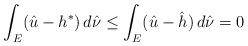
\begin{align*}\int_{E}(\hat{u}-h^*)\,d\hat{\nu}\le \int_{E}(\hat{u}-\hat{h})\,d\hat{\nu}=0\end{align*}